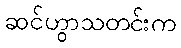
ဆင်ဟွာသတင်းက